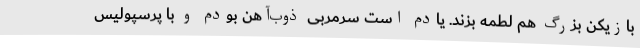
بازیکن بزرگ هم لطمه بزند. یادم است سرمربی ذوب‌آهن بودم و با پرسپولیس